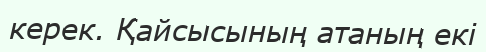
керек. Қайсысының атаның екі